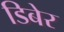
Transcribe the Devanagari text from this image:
डिबेर